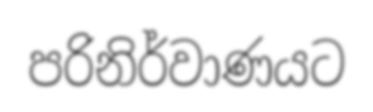
පරිනිර්වාණයට